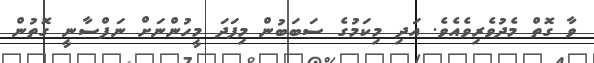
ވާ ގޮތް މެދުވެރިވެއެވެ. އަދި މިކަމުގެ ސަބަބުން މިފަދަ މީހުންނަށް ނަފްސާނީ ގޮތުން